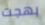
بهجت